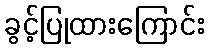
ခွင့်ပြုထားကြောင်း